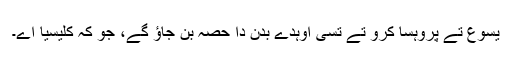
یسوع تے پروہسا کرو تے تُسی اُوہدے بدن دا حصہ بن جاؤ گے، جو کہ کلیسیا اے۔